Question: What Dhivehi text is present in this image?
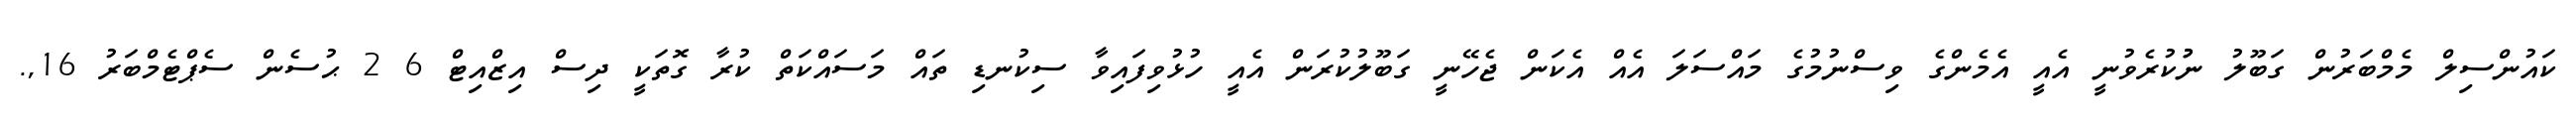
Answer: ކައުންސިލް މެމްބަރުން ގަބޫލު ނުުކުރެވުނީ އެއީ އެމެންގެ ވިސްނުމުގެ މައްސަލަ އެއް އެކަން ޖެހޭނީ ގަބޫލުކުރަން އެއީ ހުޅުވިފައިވާ ސިކުނޑި ތައް މަސައްކަތް ކުރާ ގޮތަކީ ދިސް އިޒްއިޓް 6 2 ޙުސެން ސެޕްޓެމްބަރު 16,.